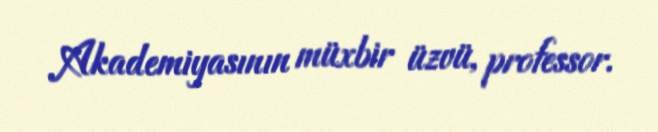
Akademiyasının müxbir üzvü, professor.